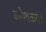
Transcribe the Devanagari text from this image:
कोथळ्या